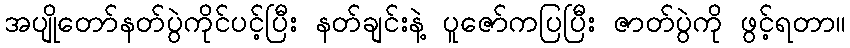
အပျိုတော်နတ်ပွဲကိုင်ပင့်ပြီး နတ်ချင်းနဲ့ ပူဇော်ကပြပြီး ဇာတ်ပွဲကို ဖွင့်ရတာ။